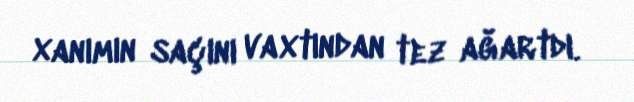
xanımın saçını vaxtından tez ağartdı.